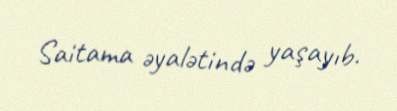
Saitama əyalətində yaşayıb.